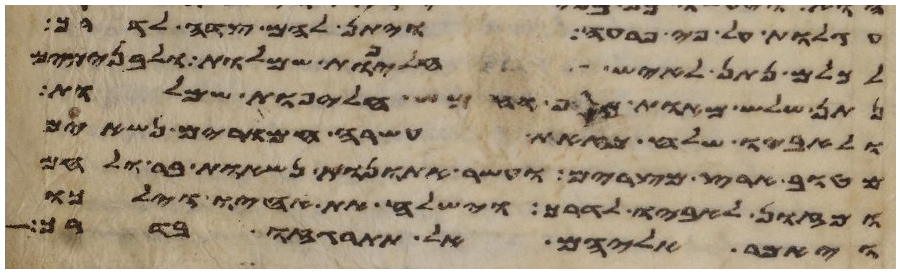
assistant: עגלות על פי פרעה ויתן להם צדה לדרך
לכלם נתן לאיש חליפות שמלות ולבנימים
נתן שלש מאות כסף וחמש חליפות שמלות
ולאביו שלח כזאת עשרה חמרים נשאים
מטוב ארץ מצרים ועשר אתנות נשאות בר ולחם
ומזון לאביו לדרך וישלח את אחיו וילכו
ויאמר אליהם אל תתרגזו בדרך